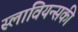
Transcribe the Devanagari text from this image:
स्लावियन्सकी